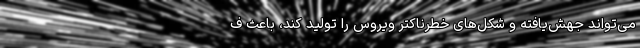
می‌تواند جهش‌یافته و شکل‌های خطرناکترِ ویروس را تولید کند، باعث ف